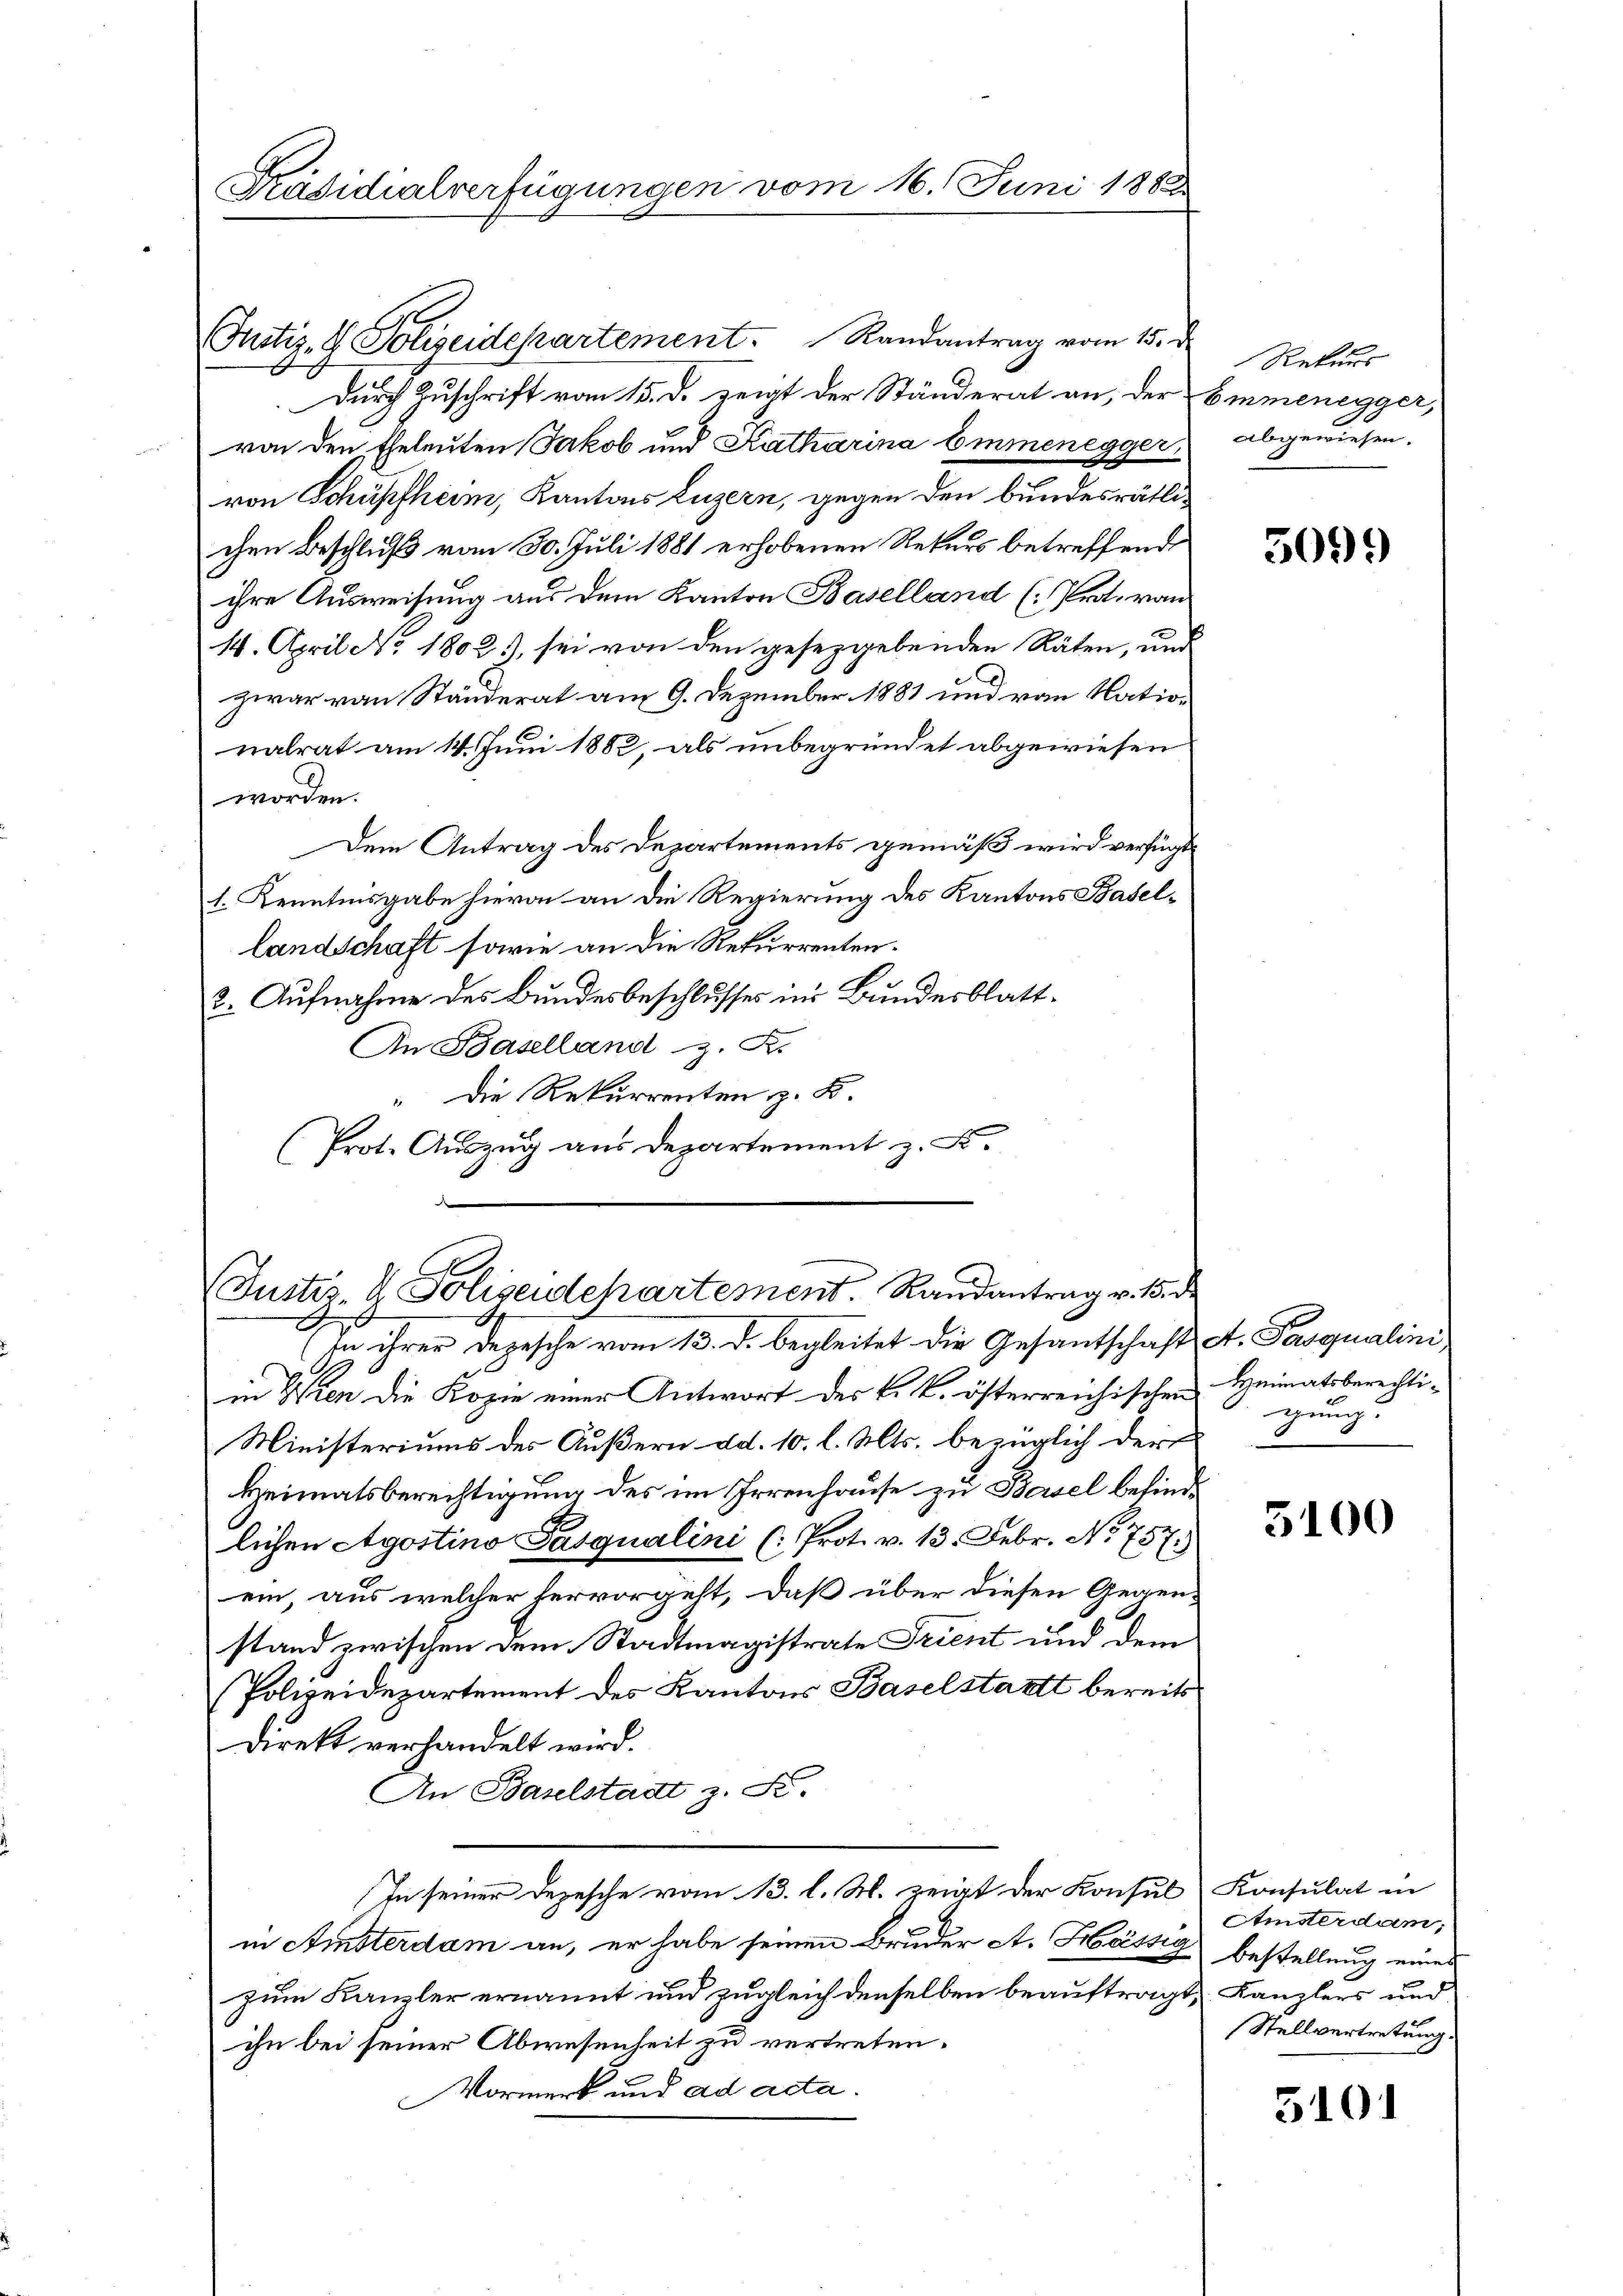
Präsidialverfügungen vom 16. Juni 1888

Futiz- & Polizeidepartement. Randantrag vom 15. d.
Durch Zuschrift vom 15. d. zeigt der Ständerat an, der Emmenegger,
von den Eheleuten Jakob und Katharina Emmenegger,
von Schüpfheim, Kantons Luzern, gegen den bundesrätlichen Beschluß vom 30. Juli 1881 erhobenen Rekurs betreffend
ihre Ausweisung aus dem Kanton Baselland (Prot. von
14. April N. 1802.), sei von den gesezgebenden Räten, und
zwar von Ständerat am 9. Dezember 1881 und von Nationalrat am 14. Juni 1882, als unbegründet abgewiesen
worden.
Dem Antrag des Departements gemäß wird verfügt,
1. Kenntnisgabe hievon an die Regierung des Kantons Basellandschaft sowie an die Rekurrenten.
2. Aufnahme des Bundesbeschlusses im Bundesblatt¬
An Baselland z. B.
“ Die Rekurrenten z. B.
(Prot. Auszug aus Departement z. B.
.

E
(Justiz- & Sohseidepartement. Randantrag v. 13.

Rekurs
abgewiesen.

In ihrer Depesche vom 13. d. begleitet die Gesantschaft A. Pasqualini,
in Wien die Kopie einer Antwort des k. k. österreichischen Heimatsberechti¬
Ministeriums des Äußern ad. 10. l. Mts. bezüglich der
Heimatsberechtigung des im Irrenhause zu Basel befindlichen Agostino Pasqualini (: Prot. v. 13. Febr. No. 757.)
ein, aus welcher hervorgeht, daß über diesen Gegen-
stand zwischen dem Stadtmagistrate Frient und dem
Polizeidepartement des Kantons Baselstatt bereits
direkt verhandelt wird.
An Baselstadt z. S.
In seiner Depesche vom 13. l. M. zeigt der Konsul Konsulat in
in Amsterdam an, er habe seinen Bruder A. Hässig bestellung eines
zum Kanzler ernannt und zugleich denselben beauftragt, Kanzlers und
ihn bei seiner Abwesenheit zu vertreten.
Vormerk und ad acta.

5099

t
gung.

5100

Amsterdam,
Stellvertretung.

5101